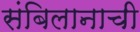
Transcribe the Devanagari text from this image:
संबिलानाची